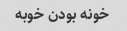
خونه بودن خوبه